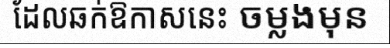
ដែលឆក់ឱកាសនេះ ចម្លងមុន